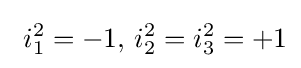
\ i_{1}^{2}=-1,\,i_{2}^{2}=i_{3}^{2}=+1